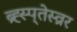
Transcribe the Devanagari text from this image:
ब्र्ह्स्प्तेस्व्रर